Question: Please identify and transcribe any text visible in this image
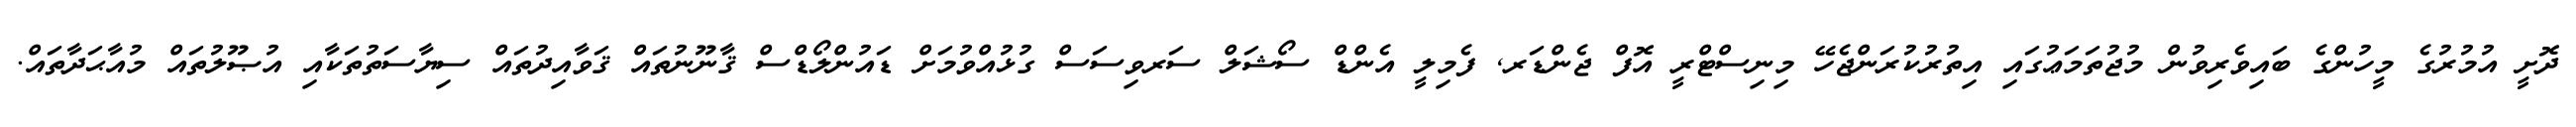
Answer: ދޮށީ އުމުރުގެ މީހުންގެ ބައިވެރިވުން މުޖުތަމަޢުގައި އިތުރުކުރަންޖެހޭ މިނިސްޓްރީ އޮފް ޖެންޑަރ, ފެމިލީ އެންޑް ސޯޝަލް ސަރވިސަސް ގުޅުއްވުމަށް ޑައުންލޯޑްސް ޤާނޫނުތައް ޤަވާއިދުތައް ސިޔާސަތުތަކާއި އުޞޫލުތައް މުއާޙަދާތައް.